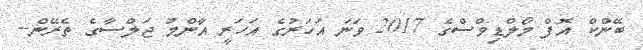
ބޭންކް އޮފް މޯލްޑިވްސްގެ 2017 ވަނަ އަހަރުގެ އަހަރީ އާންމު ޖަލްސާގެ ތެރޭން--